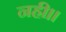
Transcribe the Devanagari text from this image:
नही।।